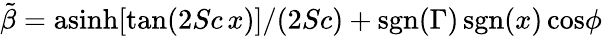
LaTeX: \tilde{\beta}=\mathrm{asinh}[\mathrm{tan}(2Sc\, x)]/(2Sc)+\mathrm{sgn}(\Gamma)\, \mathrm{sgn}(x)\, \mathrm{cos}\phi